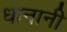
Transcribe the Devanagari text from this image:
धानानी